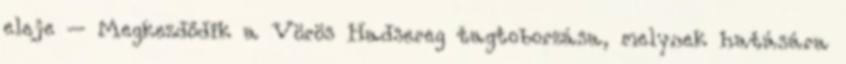
eleje – Megkezdődik a Vörös Hadsereg tagtoborzása, melynek hatására